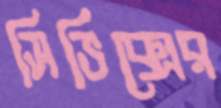
সিভিক্সের